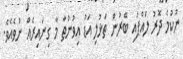
ނުކުމެ ދޮރު ލައްޕައި ބޭރުން ތަޅުލި އަޑު އިވުނުތާ މާ ގިނައިރެއް ނުވެއެވެ.